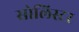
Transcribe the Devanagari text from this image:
सोलिस्टर